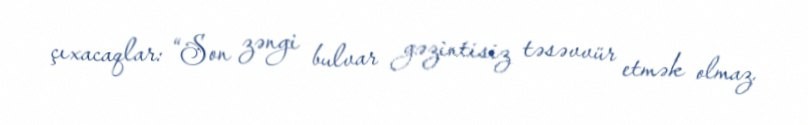
çıxacaqlar: “Son zəngi bulvar gəzintisiz təsəvvür etmək olmaz.